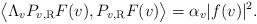
LaTeX: \begin{align*} \big\langle \Lambda_v P_{v, \rm R} F (v), P_{v, \rm R} F (v) \big\rangle = \alpha_v |f (v)|^2.\end{align*}